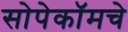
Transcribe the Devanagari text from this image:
सोपेकॉमचे